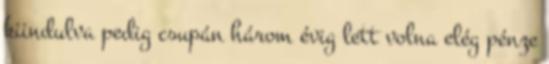
kiindulva pedig csupán három évig lett volna elég pénze